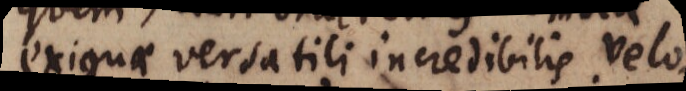
exiguae versatili incredibilis velo-